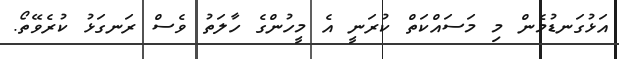
އަޅުގަނޑުމެން މި މަސައްކަތް ކުރަނީ އެ މީހުންގެ ހާލަތު ވެސް ރަނގަޅު ކުރެވޭތޯ.